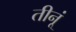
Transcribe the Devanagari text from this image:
तीनूं